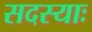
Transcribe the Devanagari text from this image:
सदस्याः